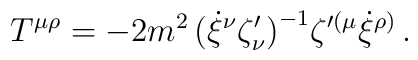
T{^{\mu\rho}}= -2 m^2\,\big(\dot\xi{^\nu} \zeta^\prime_\nu\big)^{-1}\zeta{^{\prime(\mu}} \dot\xi{^{\rho)}}\, .